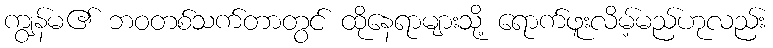
ကျွန်မ၏ ဘဝတစ်သက်တာတွင် ထိုနေရာများသို့ ရောက်ဖူးလိမ့်မည်ဟုလည်း